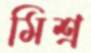
মিশ্র